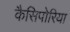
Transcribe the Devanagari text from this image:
कैसिपोरिया